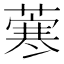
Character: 𦺦